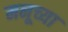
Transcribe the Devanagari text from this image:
मनूच्या